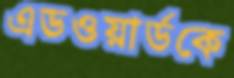
এডওয়ার্ডকে